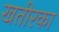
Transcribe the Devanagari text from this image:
खतीरका